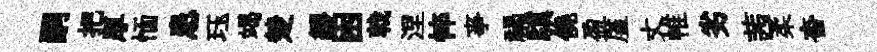
嗣把厚愐患珏竭楚繆困戟涅悴亊禍驥僥盈厪丈帷劣茜柔杳